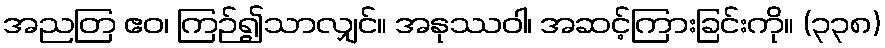
အညတြ ဧဝ၊ ကြဉ်၍သာလျှင်။ အနုဿဝါ၊ အဆင့်ကြားခြင်းကို။ (၃၃၈)